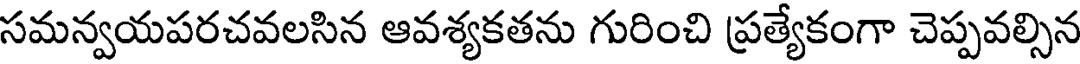
సమన్వయపరచవలసిన ఆవశ్యకతను గురించి ప్రత్యేకంగా చెప్పవల్సిన